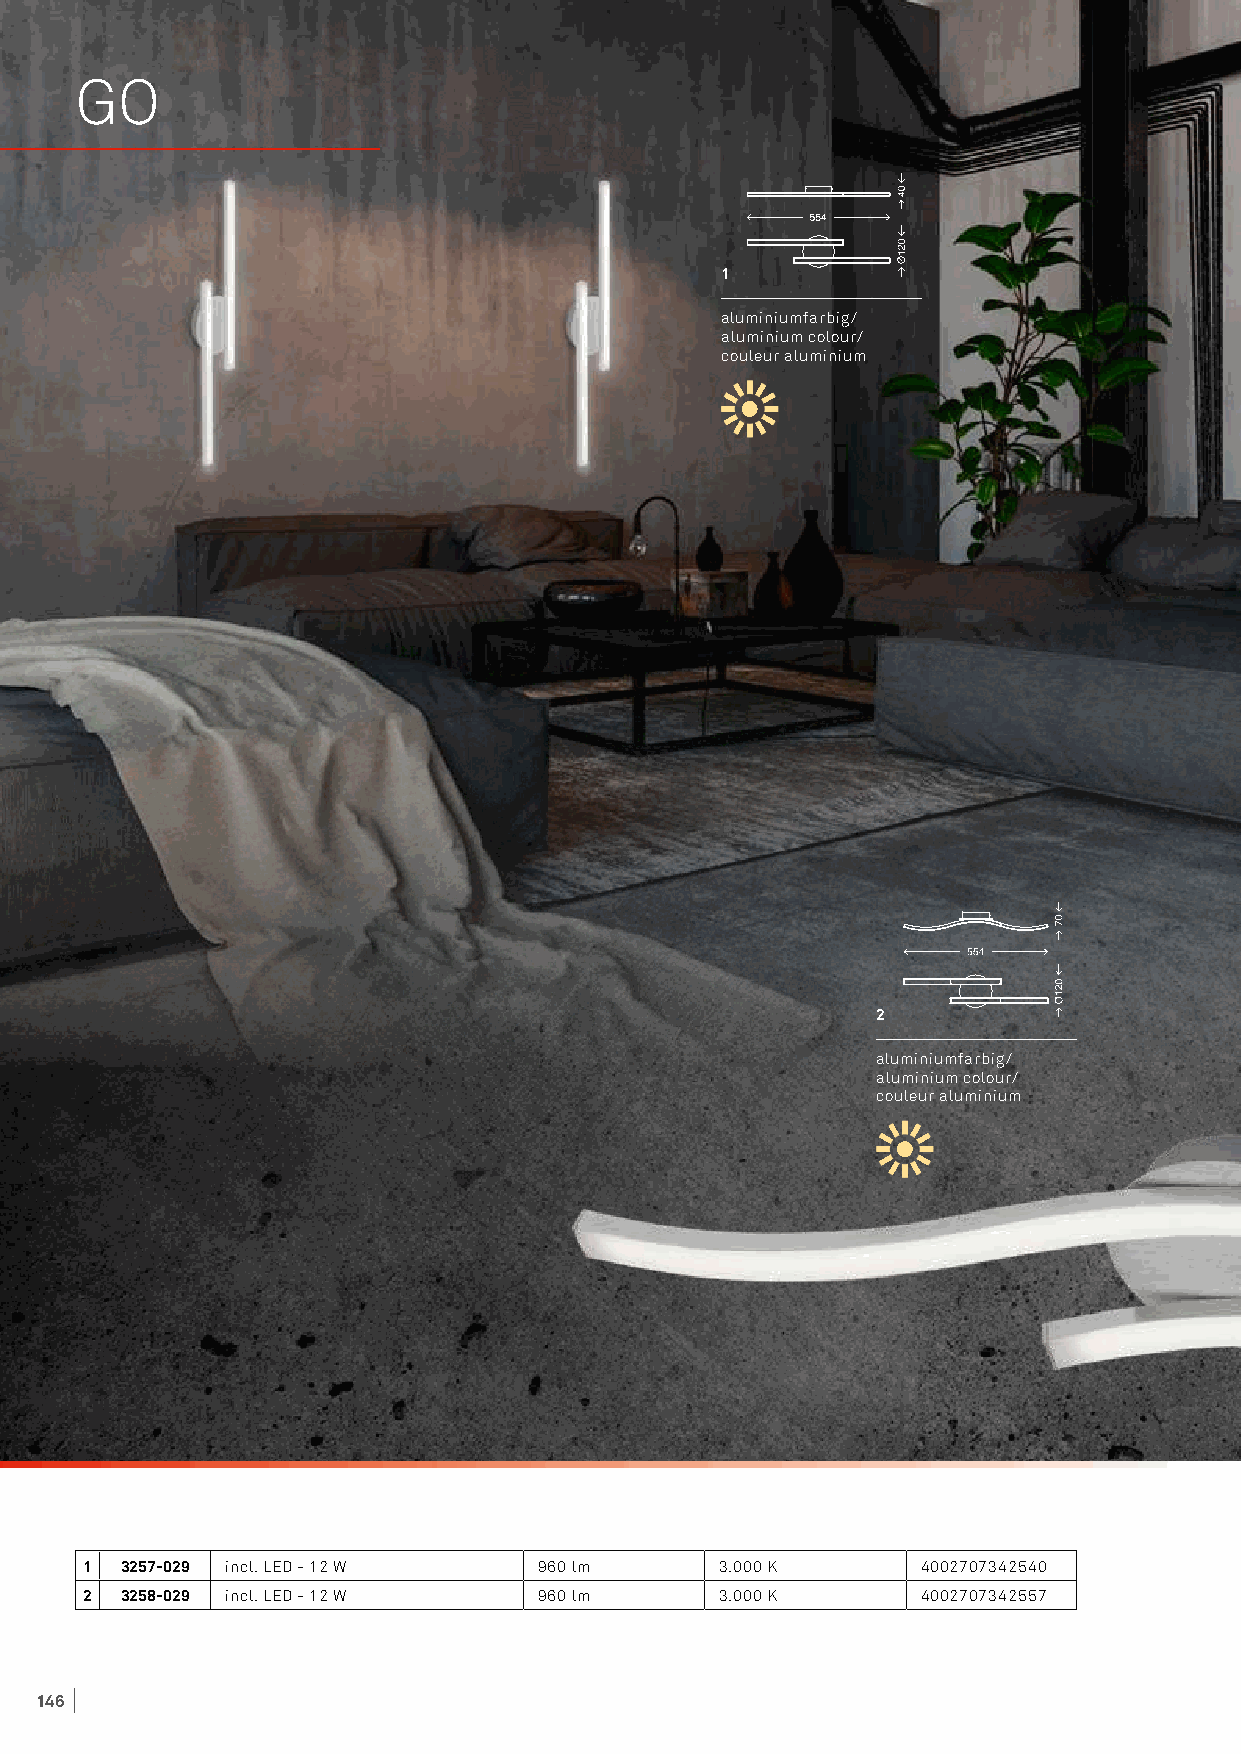
GO
 1
 aluminiumfarbig/
 aluminium colour/
 couleur aluminium
 2
 aluminiumfarbig/
 aluminium colour/
 couleur aluminium
 1 3257-029 incl. LED - 12 W   960 lm      3.000 K      4002707342540
 2 3258-029 incl. LED - 12 W   960 lm      3.000 K      4002707342557
 146